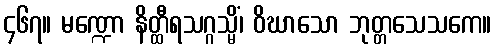
၄၆၇။ မဏ္ဍော နိတ္ထီရသဂ္ဂသ္မိံ၊ ဝိဃာသော ဘုတ္တသေသကေ။